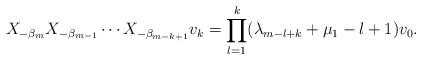
LaTeX: \begin{align*} X_{- \beta _m } X_{- \beta _{m-1} } \cdots X_{- \beta _{m-k+1} } v_k = \prod_{l=1}^{k} ( \lambda _{m-l+k} + \mu _1 -l+1 ) v_0 .\end{align*}